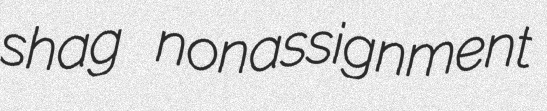
shag nonassignment